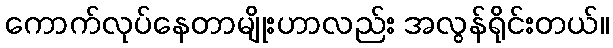
ကောက်လုပ်နေတာမျိုးဟာလည်း အလွန်ရိုင်းတယ်။